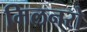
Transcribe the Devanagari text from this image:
मिलनरो